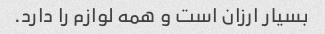
بسیار ارزان است و همه لوازم را دارد.